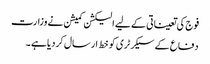
فوج کی تعیناتی کے لیے الیکشن کمیشن نے وزارت
دفاع کے سیکرٹری کو خط ارسال کردیا ہے ۔